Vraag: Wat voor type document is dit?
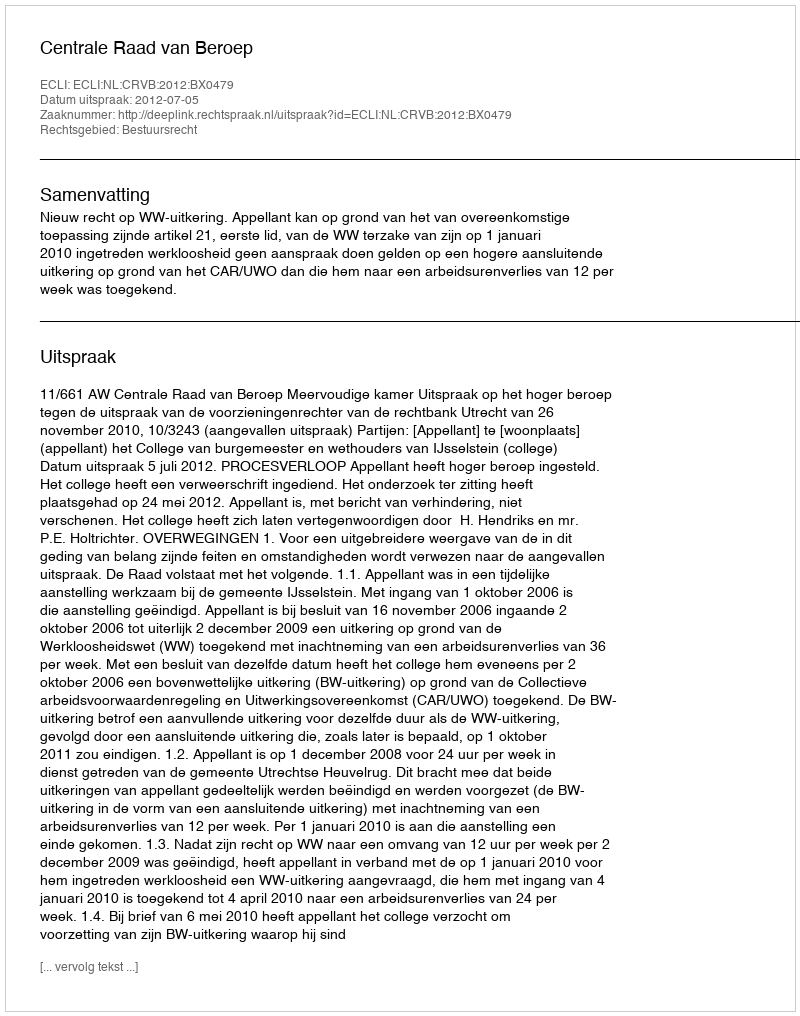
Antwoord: Uitspraak